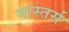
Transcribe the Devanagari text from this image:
मास्तर्स